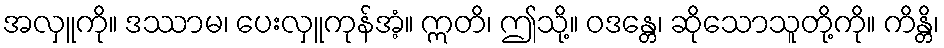
အလှူကို။ ဒဿာမ၊ ပေးလှူကုန်အံ့။ ဣတိ၊ ဤသို့။ ဝဒန္တေ၊ ဆိုသောသူတို့ကို။ ကိန္တိ၊